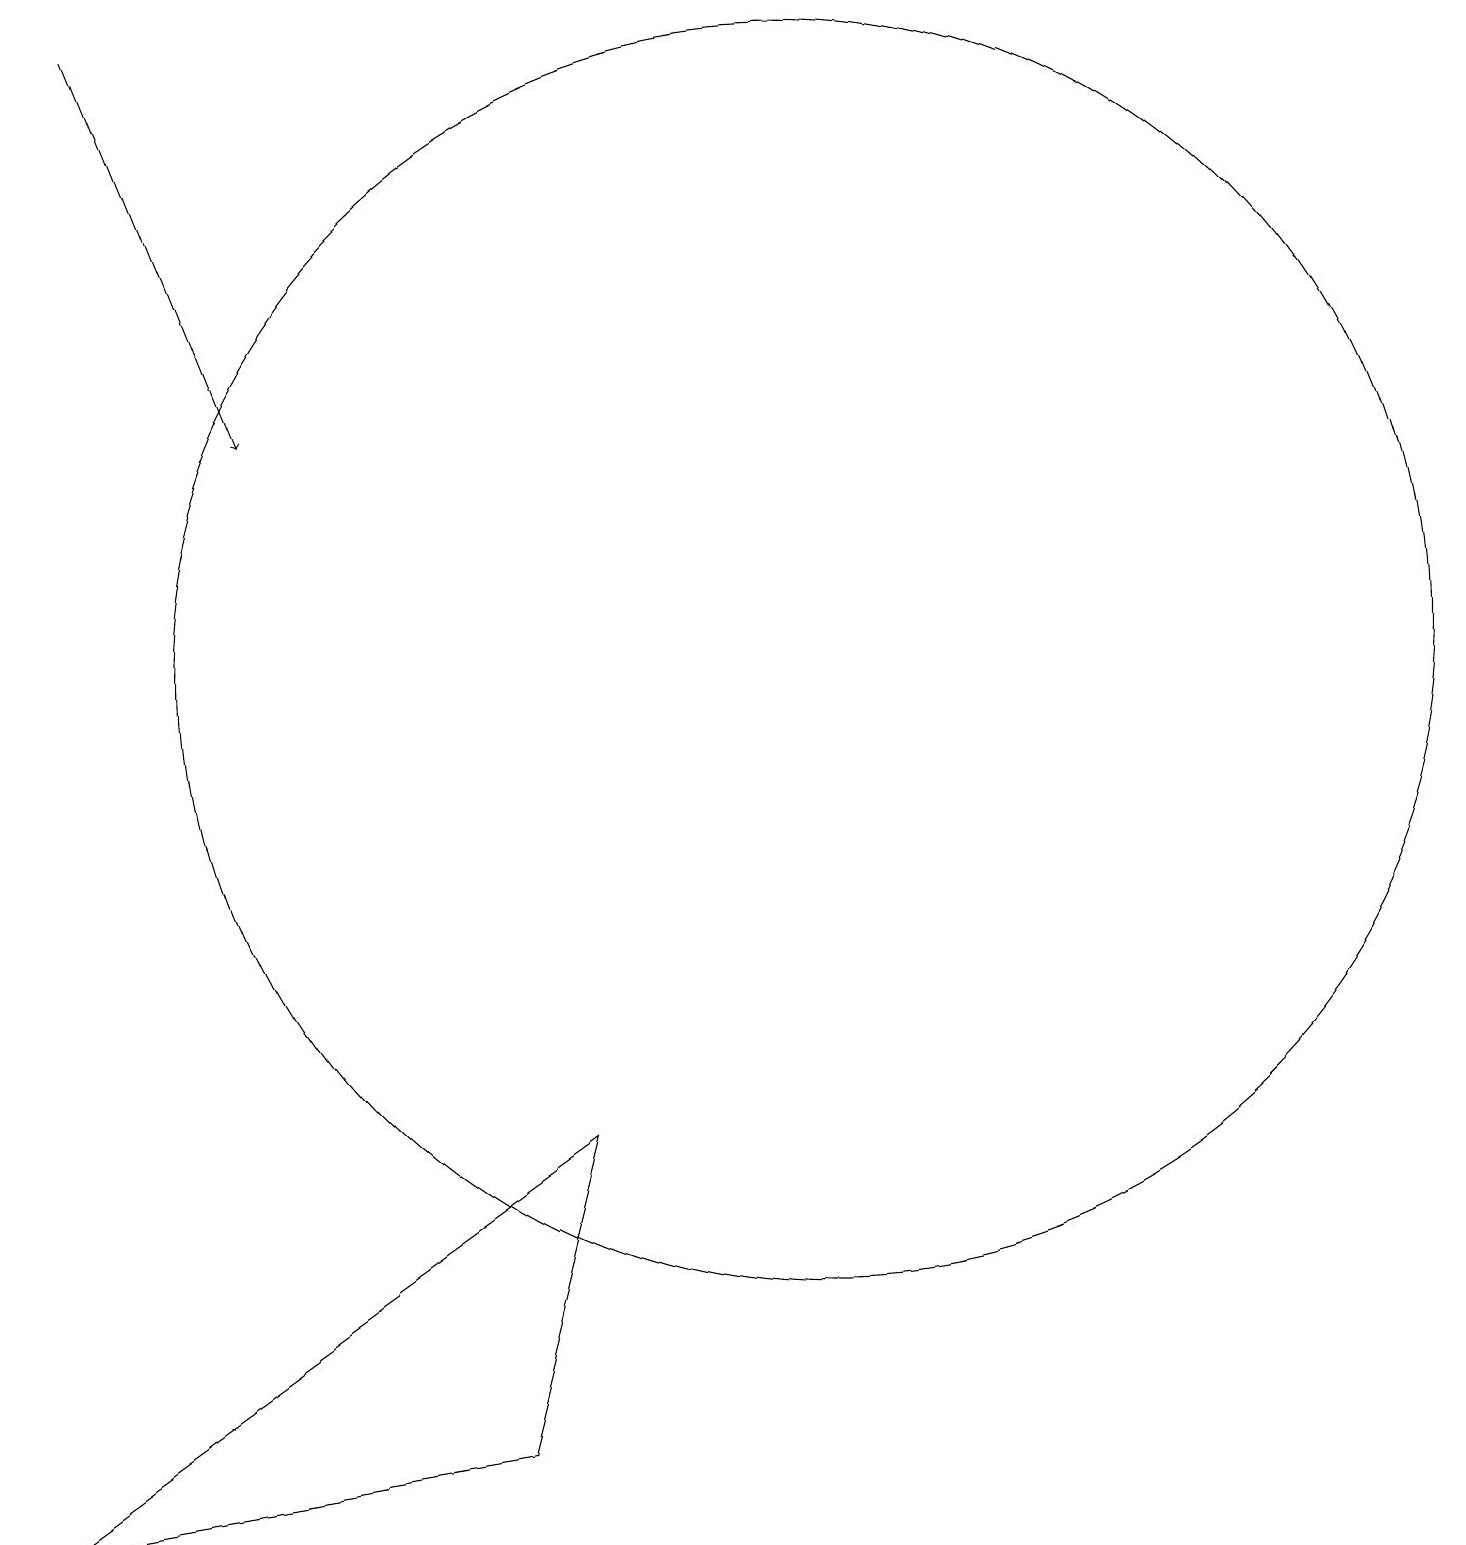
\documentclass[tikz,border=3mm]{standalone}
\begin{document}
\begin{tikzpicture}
\draw (10,11) circle (8);
\draw (6,1) -- (0,0) -- (7,5) -- cycle;
\draw[->] (1,19) -- (3,14);
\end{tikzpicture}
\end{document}